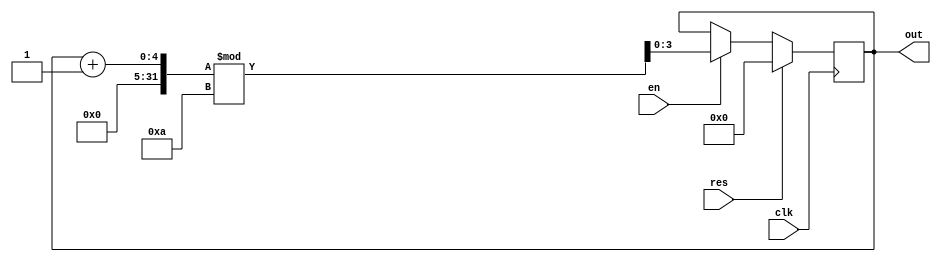
module bcd_counter(out,en,clk,res);
  output reg [3:0]out;
  input en,clk,res;
  always @(posedge clk)
  if(res)begin
    out<=4'b0;end
  else if(en)begin
    out<=(out+1)%10;
  end
endmodule